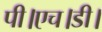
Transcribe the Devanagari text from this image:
पी।एच।डी।